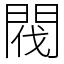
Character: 閥